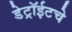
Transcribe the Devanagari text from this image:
डेट्रॉईटचे